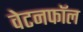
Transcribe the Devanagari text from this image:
वेटनफॉल